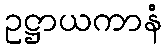
ဥဋ္ဌာယကာနံ